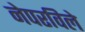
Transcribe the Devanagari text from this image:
नेपरविले